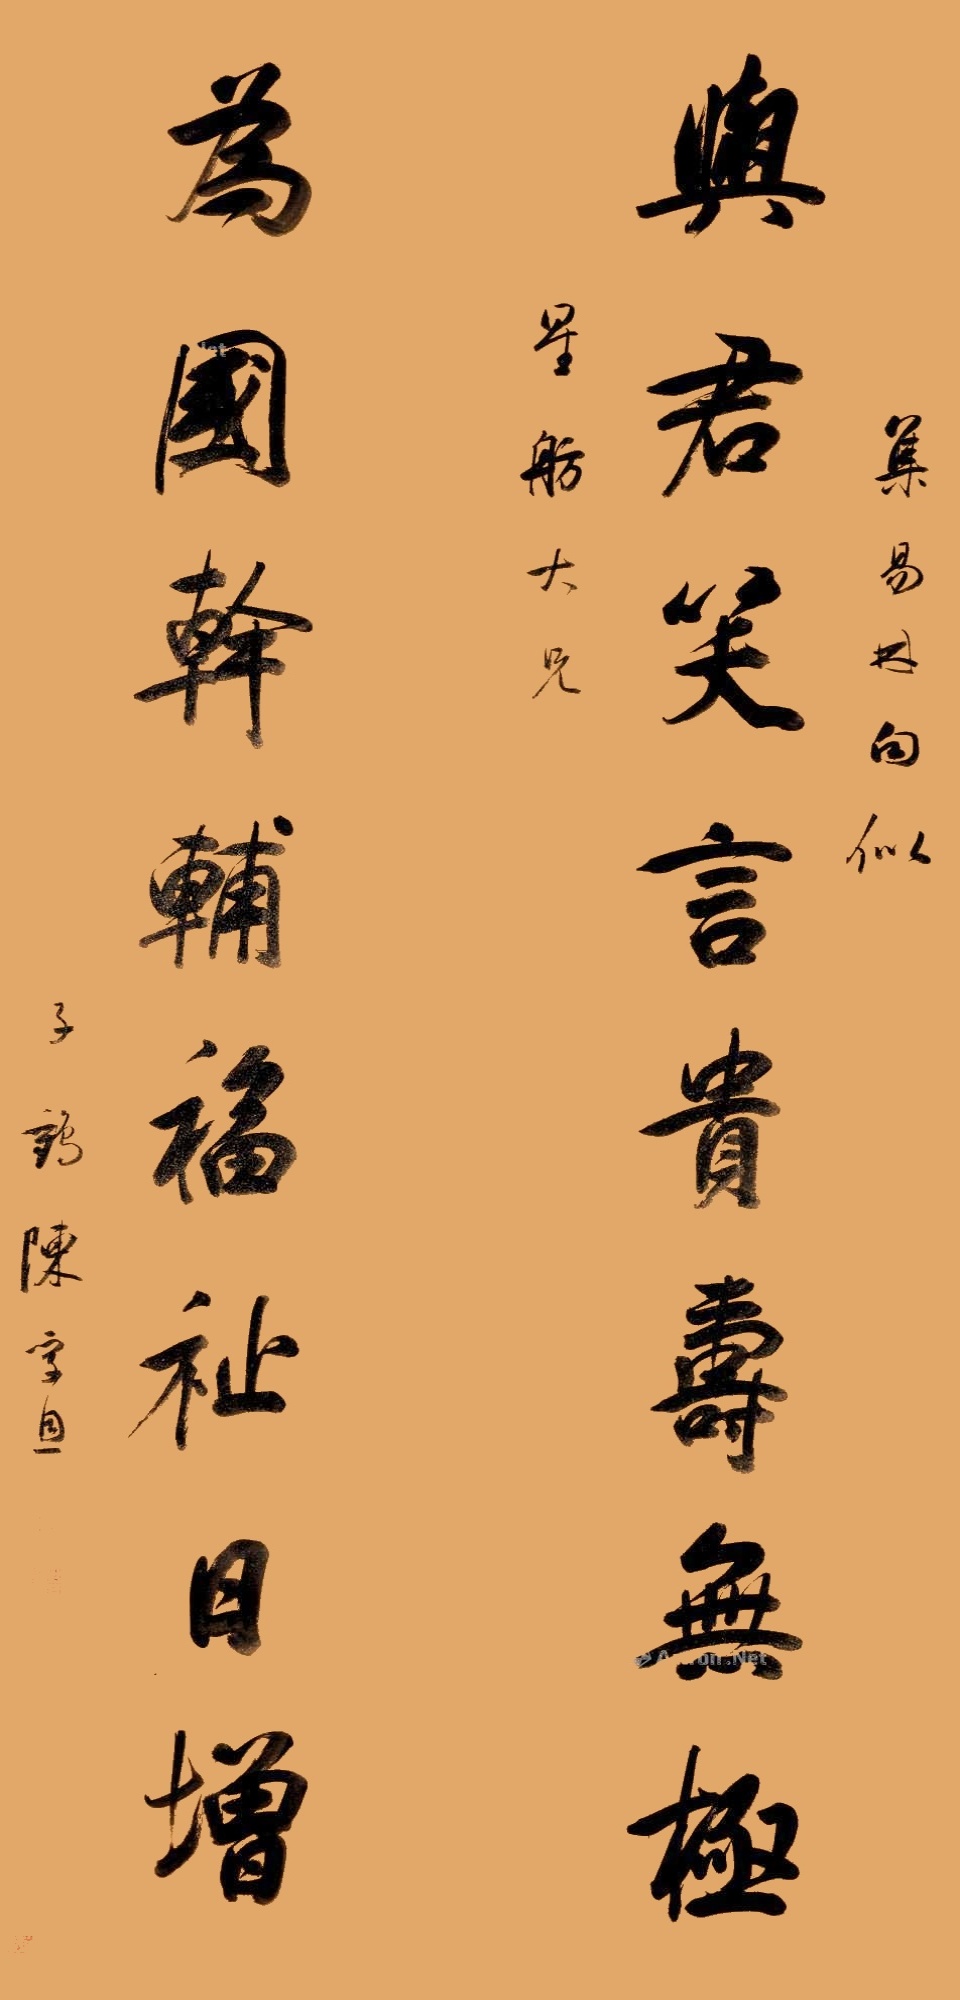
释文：与君笑言贵寿无极，为国干辅福祉日增。集易日白似，星舫大兄。子鹤陈孚恩。